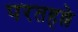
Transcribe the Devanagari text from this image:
परतहल्ले